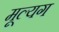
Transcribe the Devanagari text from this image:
मूल्यग